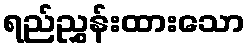
ရည်ညွှန်းထားသော